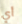
أي